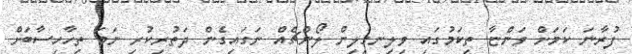
ފުރާނަ ކަމަށް ވަންޏާ ތިކަމުގައި ވިލިނގިލިން ލޯންޗެއް ނަގައިގެން ދަތުރިކުރި ނަމަ ތިހާހިސާބަށް